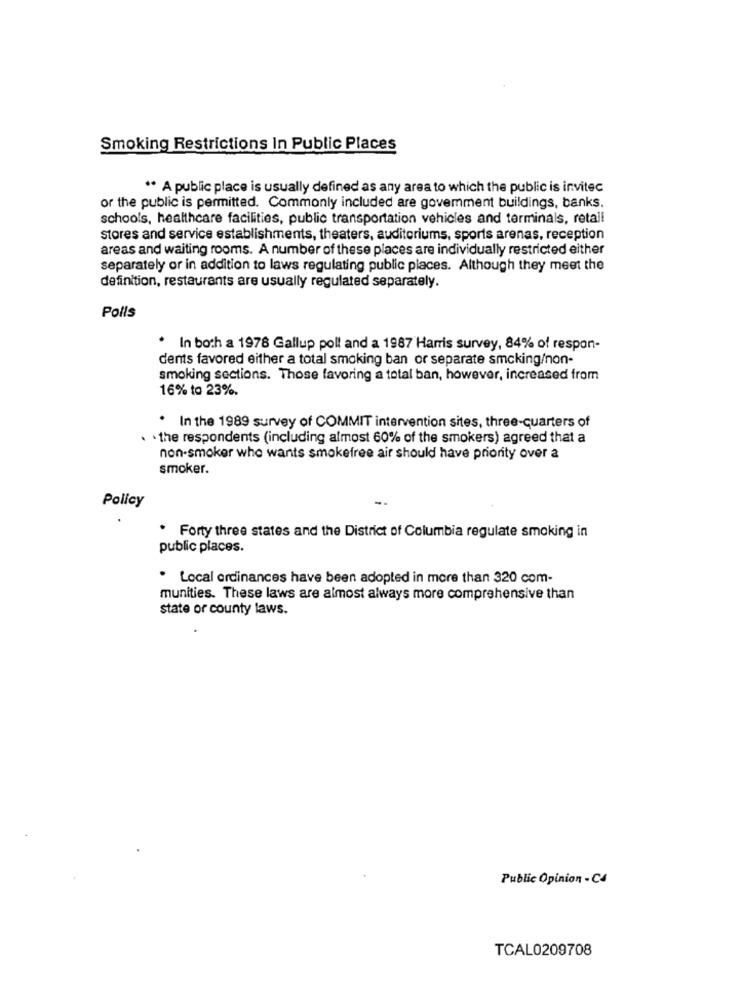
Smoking Restrictions In Public Places
" A public place is usually defined as any area to which the public is invitec
or the public is permitted. Commonly included are govemment buildings, banks.
schools, healthcare facilities, public transportation vehicles and terminals, retail
stores and service establishments, theaters, auditoriums, sports arenas, reception
areas and waiting rooms. A number of these places are individually restricted either
separately or in addition to laws regulating public places. Although they meet the
definition, restaurants are usually regulated separately.
Polis
In both a 1978 Gallup poll and a 1987 Harris survey, 84% of respon-
dents favored either a total smoking ban or separate smoking/non-
smoking sections. Those favoring a total ban, however, increased from
16% to 23%.
. In the 1989 survey of COMMIT intervention sites, three-quarters of
. . the respondents (including almost 60% of the smokers) agreed that a
non-smoker who wants smokefree air should have priority over a
smoker.
Policy
. Forty three states and the District of Columbia regulate smoking in
public places.
. Local ordinances have been adopted in more than 320 com-
munities. These laws are almost always more comprehensive than
state or county laws.
Public Opinion - C4
TCAL0209708